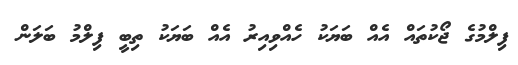
ފިލްމުގެ ޖޯކުތައް އެއް ބަޔަކު ހެއްވިއިރު އެއް ބަޔަކު ތިބީ ފިލްމު ބަލަން